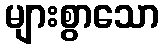
များစွာသော